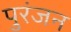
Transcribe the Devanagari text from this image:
पुरंजन